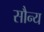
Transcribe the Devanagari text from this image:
सौन्य